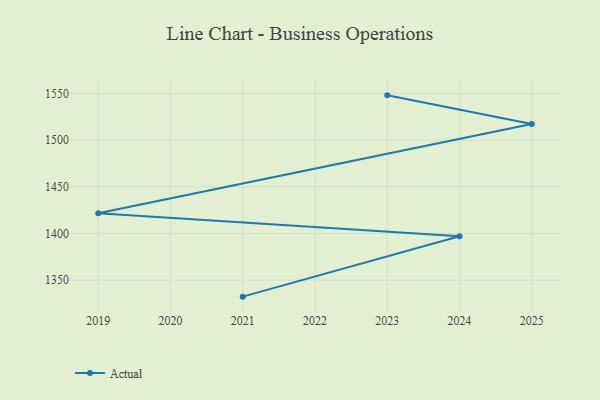
{"axis": {"x": "Year", "y": "Revenue (USD Million)"}, "legend": ["Actual"], "data": [{"x": "2023", "y": 1548.1, "type": "Actual"}, {"x": "2025", "y": 1517.4, "type": "Actual"}, {"x": "2019", "y": 1421.7, "type": "Actual"}, {"x": "2024", "y": 1397.0, "type": "Actual"}, {"x": "2021", "y": 1332.2, "type": "Actual"}]}